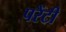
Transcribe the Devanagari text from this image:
परेंटी